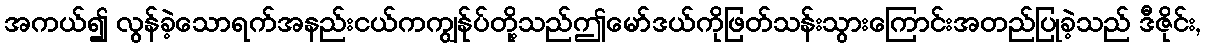
အကယ်၍ လွန်ခဲ့သောရက်အနည်းငယ်ကကျွန်ုပ်တို့သည်ဤမော်ဒယ်ကိုဖြတ်သန်းသွားကြောင်းအတည်ပြုခဲ့သည် ဒီဇိုင်း,